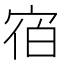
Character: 𪧐